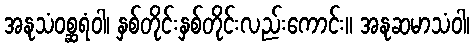
အနုသံဝစ္ဆရံဝါ၊ နှစ်တိုင်းနှစ်တိုင်းလည်းကောင်း။ အနုဆမာသံဝါ၊